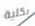
بكلية